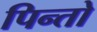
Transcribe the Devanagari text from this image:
पिन्तो